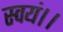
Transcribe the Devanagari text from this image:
स्वयं।।